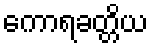
ကောရခတ္တိယ